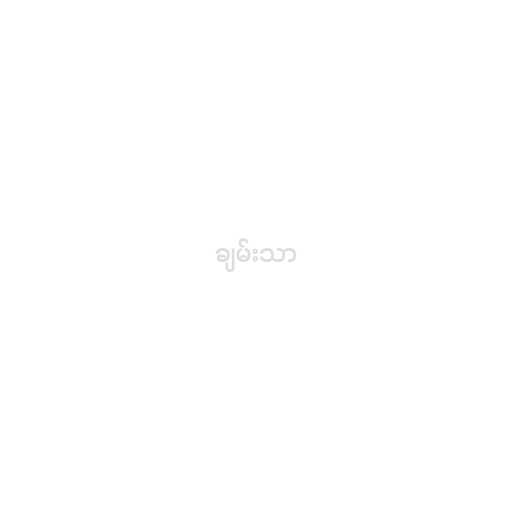
ချမ်းသာ